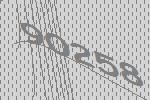
90258